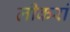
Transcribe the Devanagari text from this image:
लीकरां